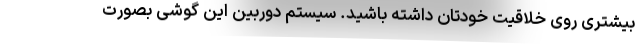
بیشتری روی خلاقیت خودتان داشته باشید. سیستم دوربین این گوشی بصورت